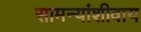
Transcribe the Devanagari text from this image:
सामन्यांशीवाय